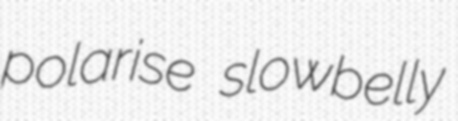
polarise slowbelly